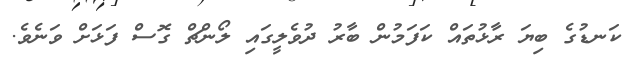
ކަނޑުގެ ބިޔަ ރާޅުތައް ކަފަމުން ބާރު ދުވެލީގައި ލޯންޗް ގޮސް ފަޅަށް ވަނެވެ.